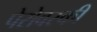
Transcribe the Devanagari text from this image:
पेरोवस्की